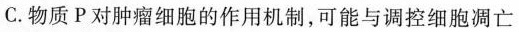
C.物质P对肿瘤细胞的作用机制，可能与调控细胞凋亡